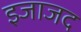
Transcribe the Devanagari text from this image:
इजाजद